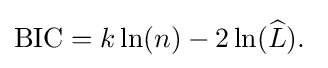
\mathrm {BIC} =k\ln(n)-2\ln({\widehat {L}}).\